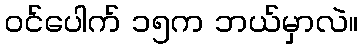
ဝင်ပေါက် ၁၅က ဘယ်မှာလဲ။